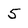
Character: 5